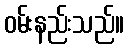
ဝမ်းနည်းသည်။